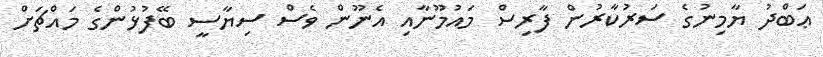
ޢަބްދު ޔާމިނުގެ ސަރުކާރުން ފާރިސް މައުމޫނާއި އެނޫން ވެސް ސިޔާސީ ބޭފުޅުންގެ މައްޗަށް